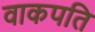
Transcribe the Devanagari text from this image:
वाकपति